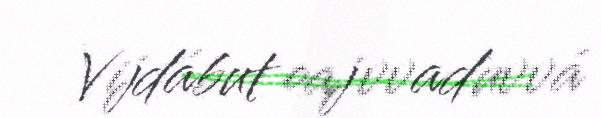
Vijdábut oajvvaduvvá